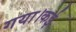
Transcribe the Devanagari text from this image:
गया।कई